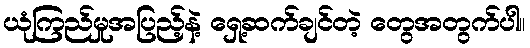
ယုံကြည်မှုအပြည့်နဲ့ ရှေ့ဆက်ချင်တဲ့ တွေအတွက်ပါ။